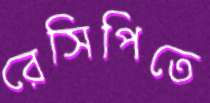
রেসিপিতে